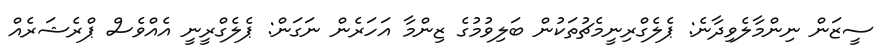
ސީޒަން ނިންމާލެވިދާނެ: ޕެލެގްރިނީމެޗުތަކުން ބަލިވުމުގެ ޒިންމާ އަހަރެން ނަގަން: ޕެެލެގްރީނީ އެެއްވެސް ޕްރެޝަރެއް